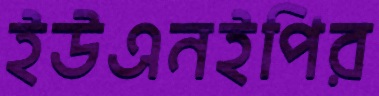
ইউএনইপির